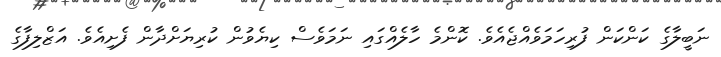
ނަބީލާގެ ކަންކަން ފުރިހަމަވެއްޖެއެވެ. ކޮންމެ ހާލެއްގައި ނަމަވެސް ކިޔެވުން ކުރިޔަށްދާން ފެށިއެވެ. އަޒްލިފާގެ